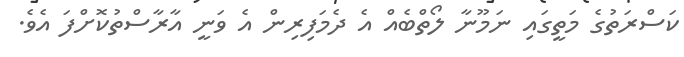
ކަސްރަތުގެ މަތީގައި ނަމޫނާ ލޯތްބެއް އެ ދެމަފިރިން އެ ވަނީ އާރާސްތުކޮށްފަ އެވެ.